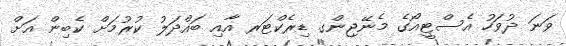
ވަނަ ދުވަހު އެސްޓީއޯގެ މެނޭޖިންގ ޑިރެކްޓަރ އާއި ބައްދަލު ކުރުމަށް ކެބިން އަށް